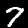
Digit: 7